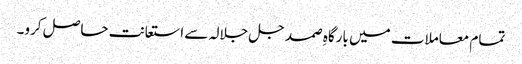
تمام معاملات میں بارگاہِ صمد جل جلالہ سے استعانت حاصل کرو۔